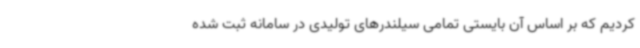
کردیم که بر اساس آن بایستی تمامی سیلندرهای تولیدی در سامانه ثبت شده